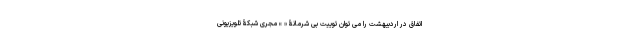
اتفاق در اردیبهشت را می توان توییت بی شرمانۀ « » مجری شبکۀ تلویزیونی